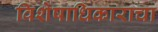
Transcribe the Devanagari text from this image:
विशेषाधिकाराचा